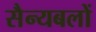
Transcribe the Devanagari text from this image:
सैन्यबलों